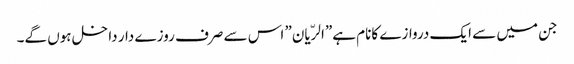
جن میں سے ایک دروازے کانام ہے”الرّیان” اس سے صرف روزے دار داخل ہوں گے۔